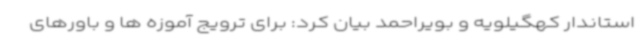
استاندار کهگیلویه و بویراحمد بیان کرد: برای ترویج آموزه ها و باورهای